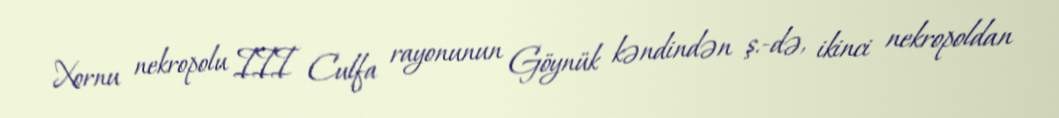
Xornu nekropolu III Culfa rayonunun Göynük kəndindən ş.-də, ikinci nekropoldan